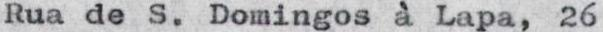
Rua de S. Domingos à Lapa, 26